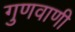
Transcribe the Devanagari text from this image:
गुणवाणी